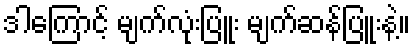
ဒါကြောင့် မျက်လုံးပြူး မျက်ဆန်ပြူးနဲ့။